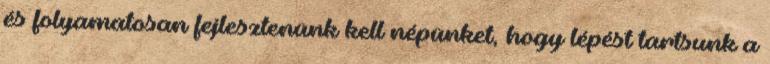
és folyamatosan fejlesztenünk kell népünket, hogy lépést tartsunk a